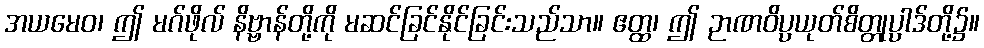
အယမေဝ၊ ဤ မဂ်ဖိုလ် နိဗ္ဗာန်တို့ကို မဆင်ခြင်နိုင်ခြင်းသည်သာ။ ဧတ္ထ၊ ဤ ဉာဏဝိပ္ပယုတ်စိတ္တုပ္ပါဒ်တို့၌။